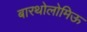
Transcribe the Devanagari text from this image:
बारथोलोमिऊ